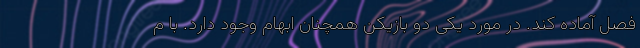
فصل آماده کند. در مورد یکی دو بازیکن همچنان ابهام وجود دارد. با م